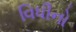
વિધીનો